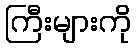
ကြီးများကို